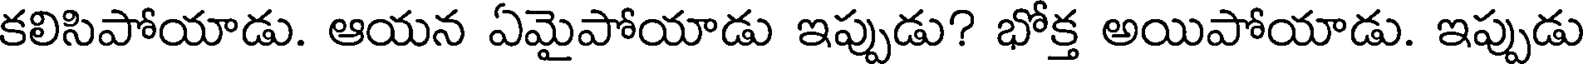
కలిసిపోయాడు. ఆయన ఏమైపోయాడు ఇప్పుడు? భోక్త అయిపోయాడు. ఇప్పుడు